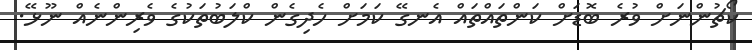
ކޯޗުންނަށް ވުރެ ބޮޑަށް ކަންތައްތައް އެނގޭ ކަމަށް ހެދިގެން ކްލަބުތަކުގެ ވެރިންނެއް ނޫޅޭ.